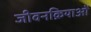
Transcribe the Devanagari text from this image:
जीवनक्रियाओं